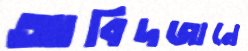
আবিদজানে